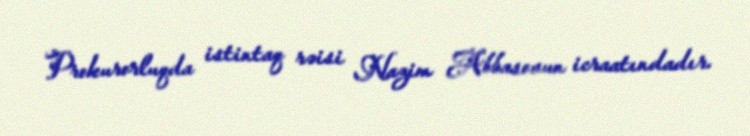
Prokurorluqda istintaq rəisi Nazim Abbasovun icraatındadır.